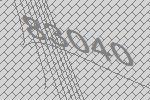
83040